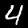
Label: 4